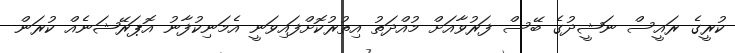
ކުރީގެ ރައީސް ނަޝީދުގެ ބޭސް ފަރުވާއަށް މުއްދަތު އިތުރުކޮށްފައިވަނީ އެމަނިކުފާނު އޮޕަރޭޝަނެއް ކުރަން